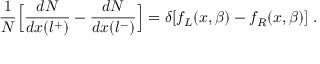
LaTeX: { \frac { 1 } { N } } \Bigl [ { \frac { d N } { d x ( l ^ { + } ) } } - { \frac { d N } { d x ( l ^ { - } ) } } \Bigr ] = \delta [ f _ { L } ( x , \beta ) - f _ { R } ( x , \beta ) ] \; .